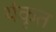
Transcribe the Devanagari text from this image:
यंकृत